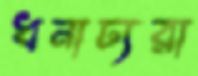
ধনাঢ্যরা